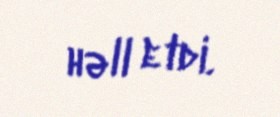
həll etdi.